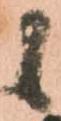
候